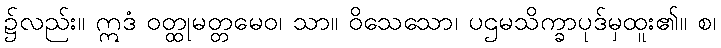
၌လည်း။ ဣဒံ ဝတ္ထုမတ္တမေဝ၊ သာ။ ဝိသေသော၊ ပဌမသိက္ခာပုဒ်မှထူး၏။ စ၊